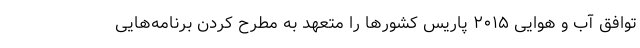
توافق آّب و هوایی ۲۰۱۵ پاریس کشورها را متعهد به مطرح کردن برنامه‌هایی